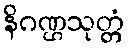
နိဂဏ္ဌသုတ္တံ